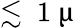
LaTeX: \lesssim~1~\upmu